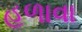
હળાવા